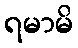
ရမာမိ